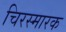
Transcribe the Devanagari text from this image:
चिरस्मारक